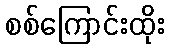
စစ်ကြောင်းထိုး